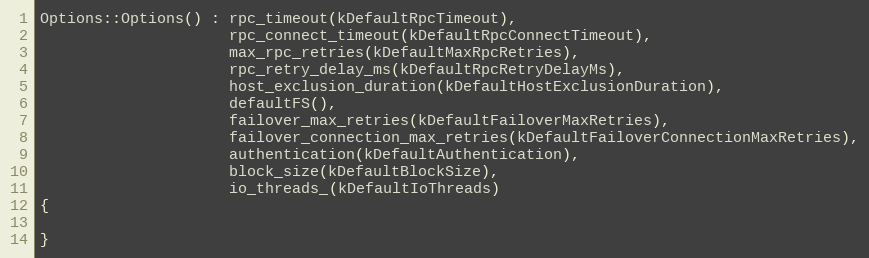
Language: C++
Options::Options() : rpc_timeout(kDefaultRpcTimeout),
                     rpc_connect_timeout(kDefaultRpcConnectTimeout),
                     max_rpc_retries(kDefaultMaxRpcRetries),
                     rpc_retry_delay_ms(kDefaultRpcRetryDelayMs),
                     host_exclusion_duration(kDefaultHostExclusionDuration),
                     defaultFS(),
                     failover_max_retries(kDefaultFailoverMaxRetries),
                     failover_connection_max_retries(kDefaultFailoverConnectionMaxRetries),
                     authentication(kDefaultAuthentication),
                     block_size(kDefaultBlockSize),
                     io_threads_(kDefaultIoThreads)
{

}